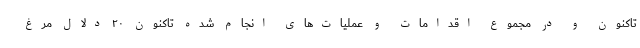
تاکنون و در مجموع اقدامات و عملیات‌های انجام شده تاکنون ۲۰ دلال مرغ